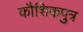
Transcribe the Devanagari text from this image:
कौशिकपुत्र